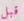
قبل